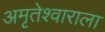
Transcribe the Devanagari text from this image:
अमृतेश्वाराला